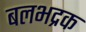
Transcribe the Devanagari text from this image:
बलभद्रक